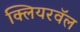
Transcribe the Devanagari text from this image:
क्लियरवॅल